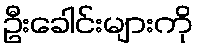
ဦးခေါင်းများကို